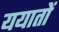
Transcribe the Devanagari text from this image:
ययातों